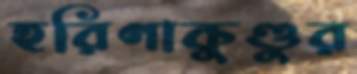
হরিণাকুণ্ডুর